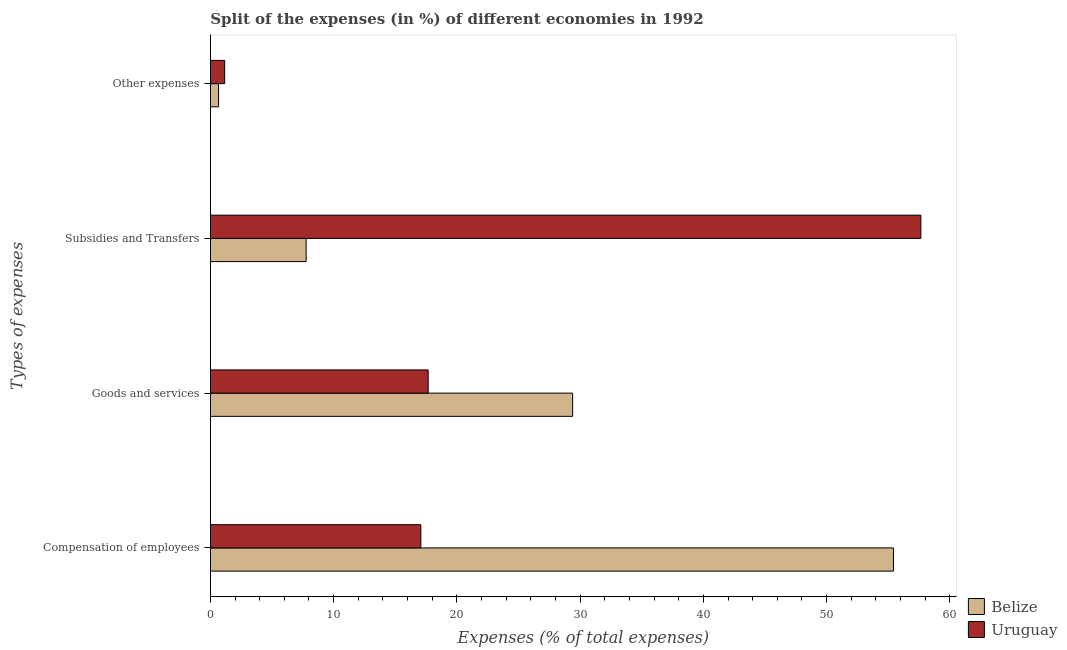
| Types of expenses | Belize | Uruguay |
 | --- | --- | --- |
 | Compensation of employees | 55.4 | 17.1 |
 | Goods and services | 29.4 | 17.7 |
 | Subsidies and Transfers | 7.77 | 57.6 |
 | Other expenses | 0.664 | 1.16 |